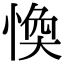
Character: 愌